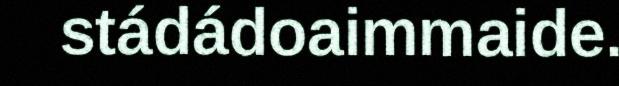
stádádoaimmaide.